Lunatic asylums Punjab 1881-1894 - 1881-1894
Year: 1881
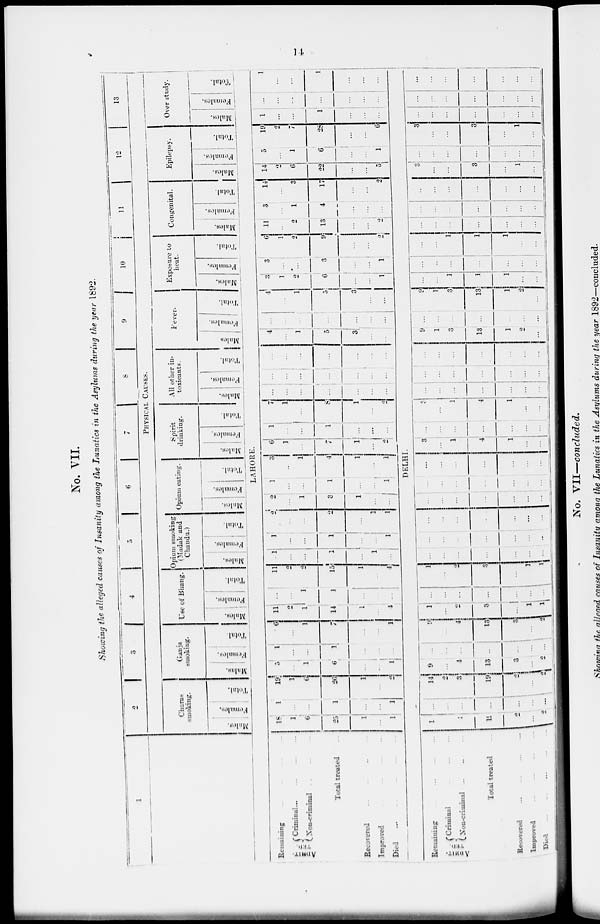
No. VII.
Showing the alleged causes of Insanity among the Lunatics in the Asylums during the year 1892.
1
2
3 4 5
6
7
8
9 10 11
12
13
PHYSICAL CAUSES.
Charas
smoking.
Males.
Females.
Total.
Ganja
smoking.
Males.
Females.
Total.
Use of Bhang.
Males.
Females.
Total.
Opium smoking
(Madak and
Chandu.)
Males.
Females.
Total.
Opium eating.
Males.
Females.
Total.
Spirit
drinking.
Males.
Females.
Total.
All other in-
toxicants.
Males.
Females.
Total.
Fever.
Males
Females.
Total.
Exposure to
heat.
Males.
Females.
Total.
Congenital.
Males.
Females.
Total.
Epilepsy.
Males.
Females.
Total.
Over study.
Males.
Females.
Total.
LAHORE.
Remaining ... ... ... ...
ADMIT-
TED.
Criminal
...
...
...
Non-criminal ... ... ...
Total treated ...
Recovered ... ... ... ...
Improved
...
...
...
...
Died
...
...
...
...
...
18
1
6
25
1
...
1
1
...
...
1
...
...
1
19
1
6
26
1
...
2
5
...
1
6
...
...
1
1
...
...
1
...
...
...
6
...
1
7
...
...
1
11
2
1
14
1
...
4
...
...
1
1
...
...
...
11
2
2
15
1
...
4
1
...
...
1
...
1
...
1
...
...
1
...
...
1
2
...
...
2
...
1
1
2
...
1
3
1
...
...
1
...
...
1
...
...
1
3
...
1
4
1
...
1
6
1
...
7
1
...
2
1
...
...
1
...
...
...
7
1
...
8
1
...
2
...
...
...
...
...
...
...
...
...
...
...
...
...
...
...
...
...
...
...
...
...
4
...
1
5
3
...
...
...
...
...
...
...
...
...
4
...
1
5
3
...
...
3
1
2
6
...
...
1
3
...
...
3
...
...
1
6
1
2
9
...
...
2
11
...
2
13
...
...
2
3
...
1
4
...
...
...
14
...
3
17
...
...
2
14
2
6
22
...
...
5
5
...
1
6
...
...
1
19
2
7
28
...
...
6
1
...
...
1
...
...
...
...
...
...
...
...
...
...
1
...
...
1
...
...
...
DELHI.
Remaining
...
...
...
...
ADMIT-
TED
Criminal ... ... ...
Non-criminal ... ... ...
Total treated ...
Recovered
...
...
...
...
Improved
...
...
...
...
Died ... ... ... ... ...
1
2
3
19
2
...
2
...
...
...
...
...
...
...
14
2
3
19
2
...
2
9
...
4
13
3
...
2
...
...
...
...
...
...
...
9
...
4
13
3
...
2
1
...
2
3
...
1
1
...
...
...
...
...
...
...
1
...
2
3
...
1
1
...
...
...
...
...
...
...
...
...
...
...
...
...
...
...
...
...
...
...
...
...
...
...
...
...
...
...
...
...
...
...
...
...
...
...
...
...
...
...
...
...
...
3
...
1
4
1
...
...
...
...
...
...
...
...
...
3
...
1
4
1
...
...
...
...
...
...
...
...
...
...
...
...
...
...
...
...
...
...
...
...
...
...
...
9
1
3
13
1
2
...
...
...
...
...
...
...
...
9
1
3
13
1
2
...
...
...
1
1
1
...
...
...
...
...
...
...
...
...
...
...
1
1
1
...
...
...
...
...
...
...
...
...
...
...
...
...
...
...
...
...
...
...
...
...
...
...
3
...
...
3
...
1
...
...
...
...
...
...
...
...
3
...
...
3
...
1
...
...
...
...
...
...
...
...
...
...
...
...
...
...
...
...
...
...
...
...
...
...